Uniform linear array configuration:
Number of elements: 48
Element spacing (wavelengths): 1
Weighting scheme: uniform
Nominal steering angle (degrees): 0
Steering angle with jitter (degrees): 1.001
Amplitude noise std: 0.05
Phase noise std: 0.05

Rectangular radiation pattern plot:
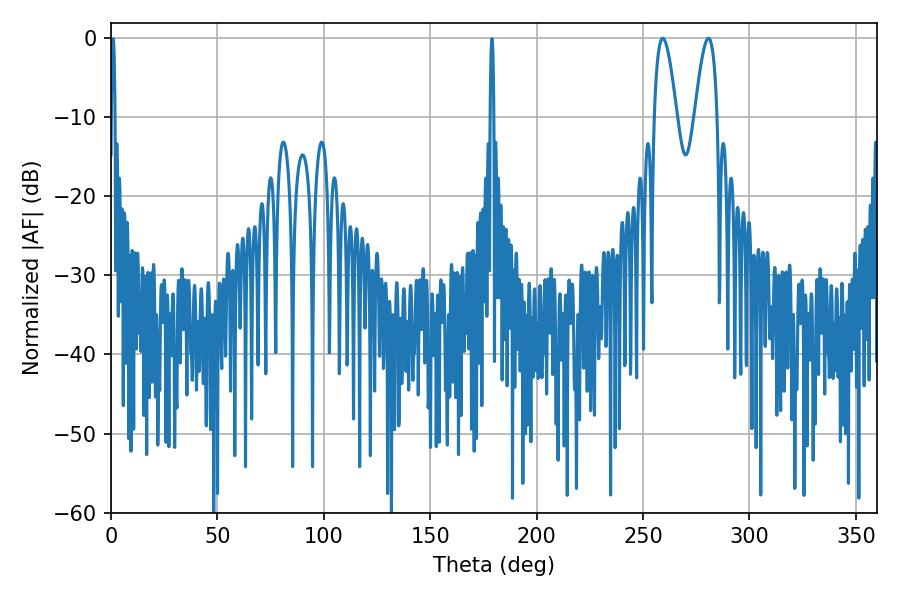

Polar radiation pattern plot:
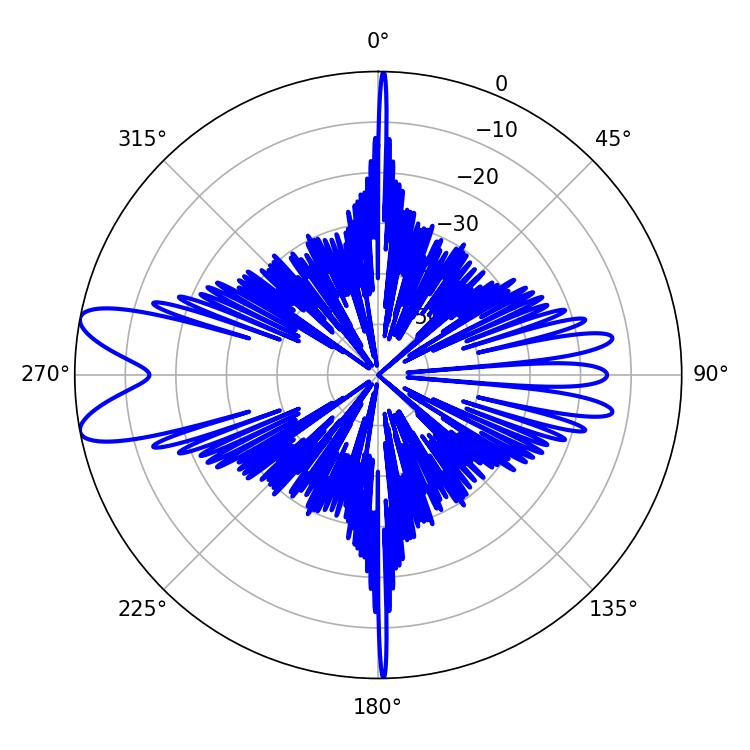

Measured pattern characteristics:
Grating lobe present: TRUE
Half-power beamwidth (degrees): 5.76
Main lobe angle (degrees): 259.2